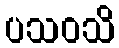
ပသဝသိ